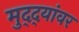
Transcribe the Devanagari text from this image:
मुद्‌द्‌यांवर